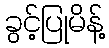
ခွင့်ပြုမိန့်